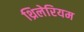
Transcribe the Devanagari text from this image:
थ्रिलेरियम